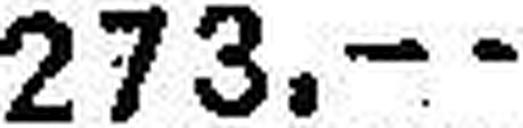
273.—